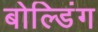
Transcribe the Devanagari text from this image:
बोल्डिंग